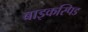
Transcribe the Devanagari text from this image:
बाइकस्पिड